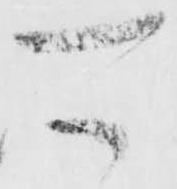
可